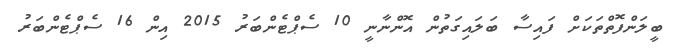
ބީލަންފޮތްތަކަށް ފައިސާ ބަލައިގަތުން އޮންނާނީ 10 ސެޕްޓެންބަރު 2015 އިން 16 ސެޕްޓެންބަރު